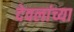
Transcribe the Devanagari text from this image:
देवलांच्या